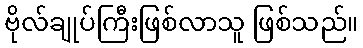
ဗိုလ်ချုပ်ကြီးဖြစ်လာသူ ဖြစ်သည်။